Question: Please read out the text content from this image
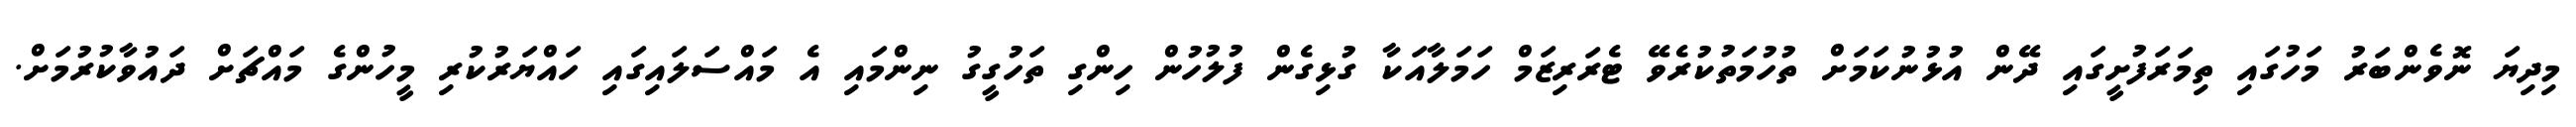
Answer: މިދިޔަ ނޮވެންބަރު މަހުގައި ތިމަރަފުށީގައި ދޭން އުޅުނުކަމަށް ތުހުމަތުކުރެވޭ ޓެރަރިޒަމް ހަމަލާއަކާ ގުޅިގެން ފުލުހުން ހިންގި ތަހުގީގު ނިންމައި އެ މައްސަލައިގައި ހައްޔަރުކުރި މީހުންގެ މައްޗަށް ދައުވާކުރުމަށް.